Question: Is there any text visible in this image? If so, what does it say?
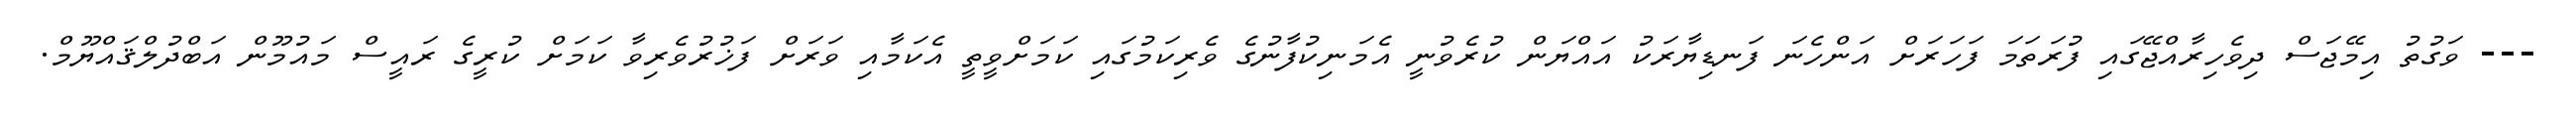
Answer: --- ވަގުތު އިމޭޖަސް ދިވެހިރާއްޖޭގައި ފުރަތަމަ ފަހަރަށް އަންހެނަ ފަނޑިޔާރަކު އައްޔަން ކުރެވުނީ އެމަނިކުފާނުގެ ވެރިކަމުގައި ކަމަށްވީތީ އެކަމާއި ވަރަށް ފަޚުރުވެރިވާ ކަމަށް ކުރީގެ ރައީސް މައުމޫން އަބްދުލްޤައްޔޫމް.